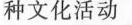
种文化活动